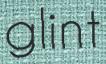
glint